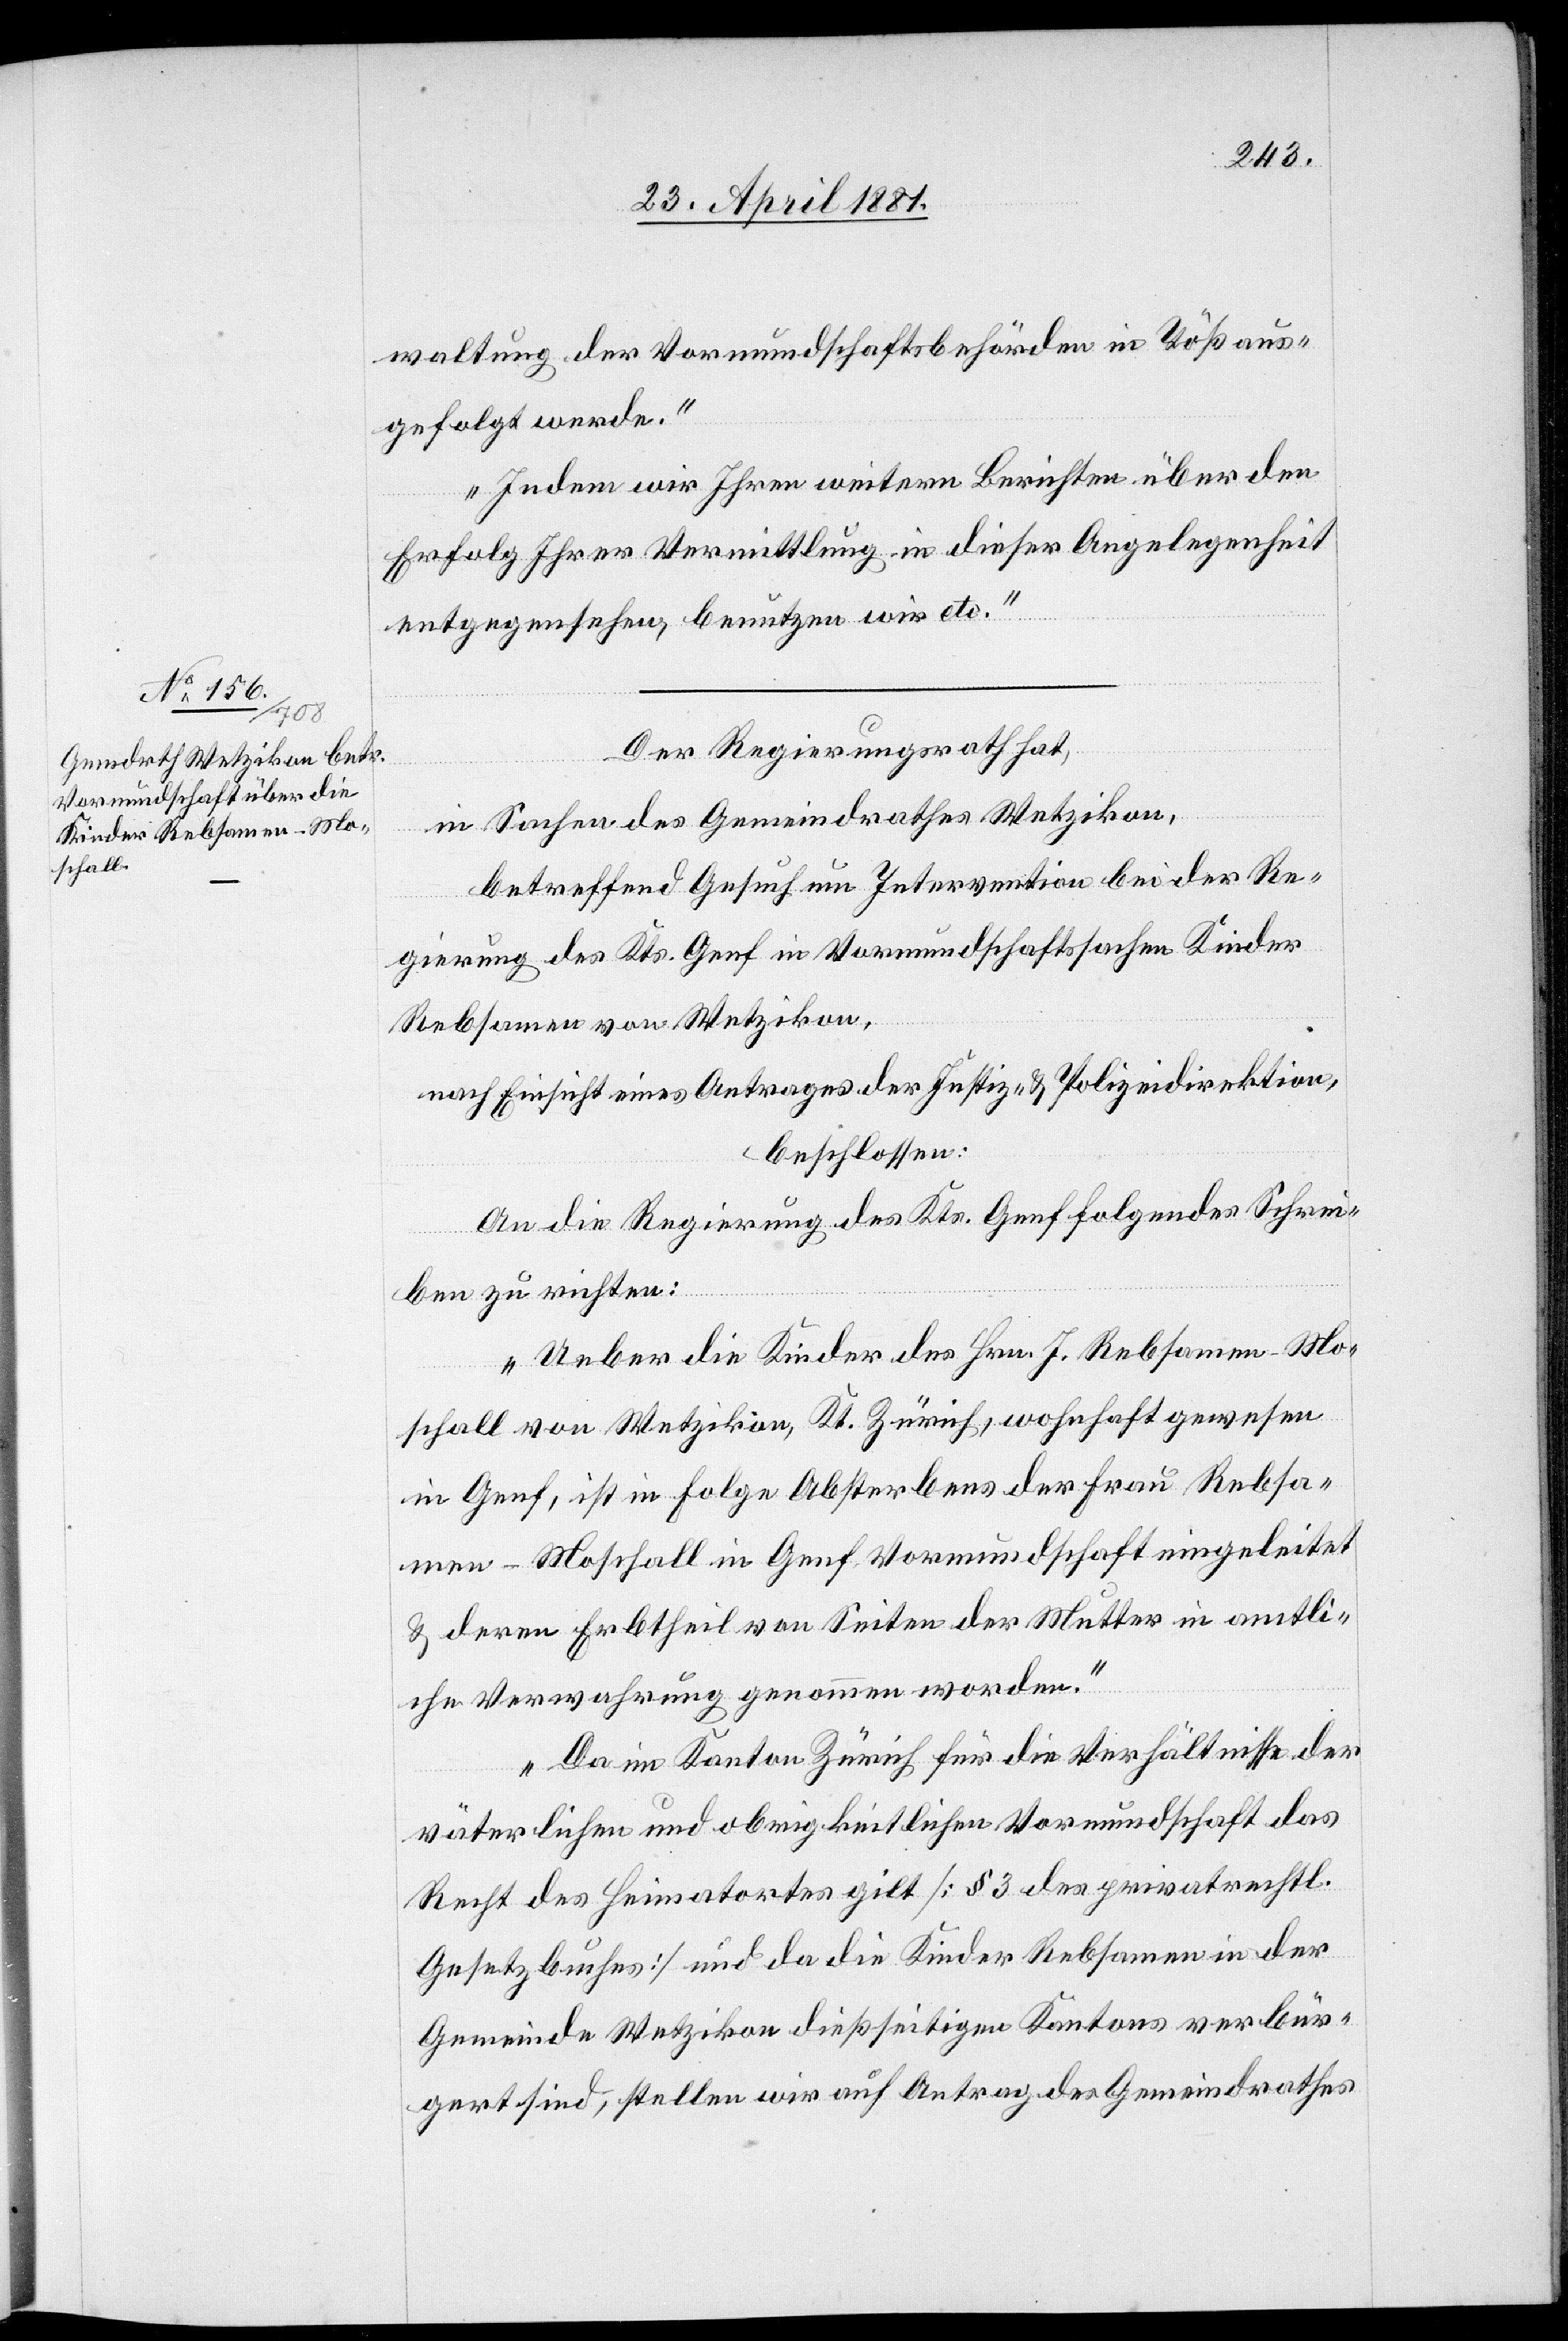
waltung der Vormundschaftsbehörde in Töß aus¬
gefolgt werde.
Indem wir Ihren weitern Berichten über den
Erfolg Ihrer Vermittlung in dieser Angelegenheit
entgegensehen, benutzen wir etc.“
Der Regierungsrath,
in Sachen des Gemeindrathes Wetzikon,
betreffend Gesuch um Intervention bei der Re¬
gierung des Kts. Genf in Vormundschaftssachen Kinder
Rebsamen von Wetzikon,
nach Einsicht eines Antrages der Justiz- & Polizeidirektion,
beschlossen:
An die Regierung des Kts. Genf folgendes Schrei¬
ben zu richten:
„Ueber die Kinder des Hrn. J. Rebsamen-Mo¬
schall von Wetzikon, Kt. Zürich, wohnhaft gewesen
in Genf, ist in Folge Absterbens der Frau Rebsa¬
men-Moschall in Genf Vormundschaft eingeleitet
& deren Erbtheil von Seiten der Mutter in amtli¬
che Verwahrung genommen worden.
Da im Kanton Zürich für die Verhältnisse der
väterlichen und obrigkeitlichen Vormundschaft das
Recht des Heimatortes gilt [§ 3 des privatrechtl.
Gesetzbuches] und da die Kinder Rebsamen in der
Gemeinde Wetzikon dießseitigen Kantons verbür¬
gert sind, stellen wir auf Antrag des Gemeindrathes